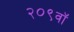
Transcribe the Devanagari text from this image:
२०९वॉ